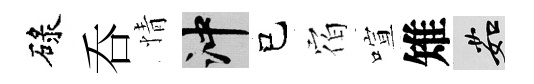
碌呑情冲己𪧐喧雉茹